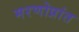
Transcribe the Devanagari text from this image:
मरणोप्रांत